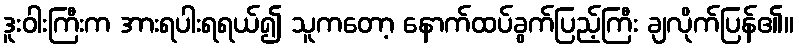
ဒူးဝါးကြီးက အားရပါးရရယ်၍ သူကတော့ နောက်ထပ်ခွက်ပြည့်ကြီး ချလိုက်ပြန်၏။